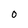
Character: 0